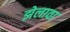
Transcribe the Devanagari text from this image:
झेलावा